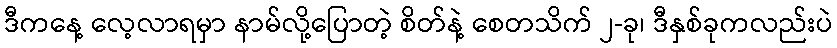
ဒီကနေ့ လေ့လာရမှာ နာမ်လို့ပြောတဲ့ စိတ်နဲ့ စေတသိက် ၂-ခု၊ ဒီနှစ်ခုကလည်းပဲ